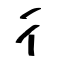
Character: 彳